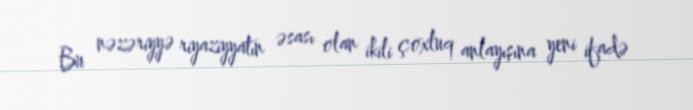
Bu nəzəriyyə riyaziyyatın əsası olan ikili çoxluq anlayışına yeni ifadə